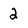
Character: 2